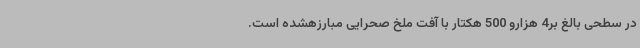
در سطحی بالغ بر4 هزارو 500 هکتار با آفت ملخ صحرایی مبارزهشده است.